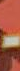
-